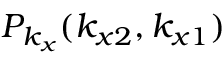
P _ { k _ { x } } ( k _ { x 2 } , k _ { x 1 } )